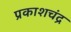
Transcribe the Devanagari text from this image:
प्रकाशचंद्र